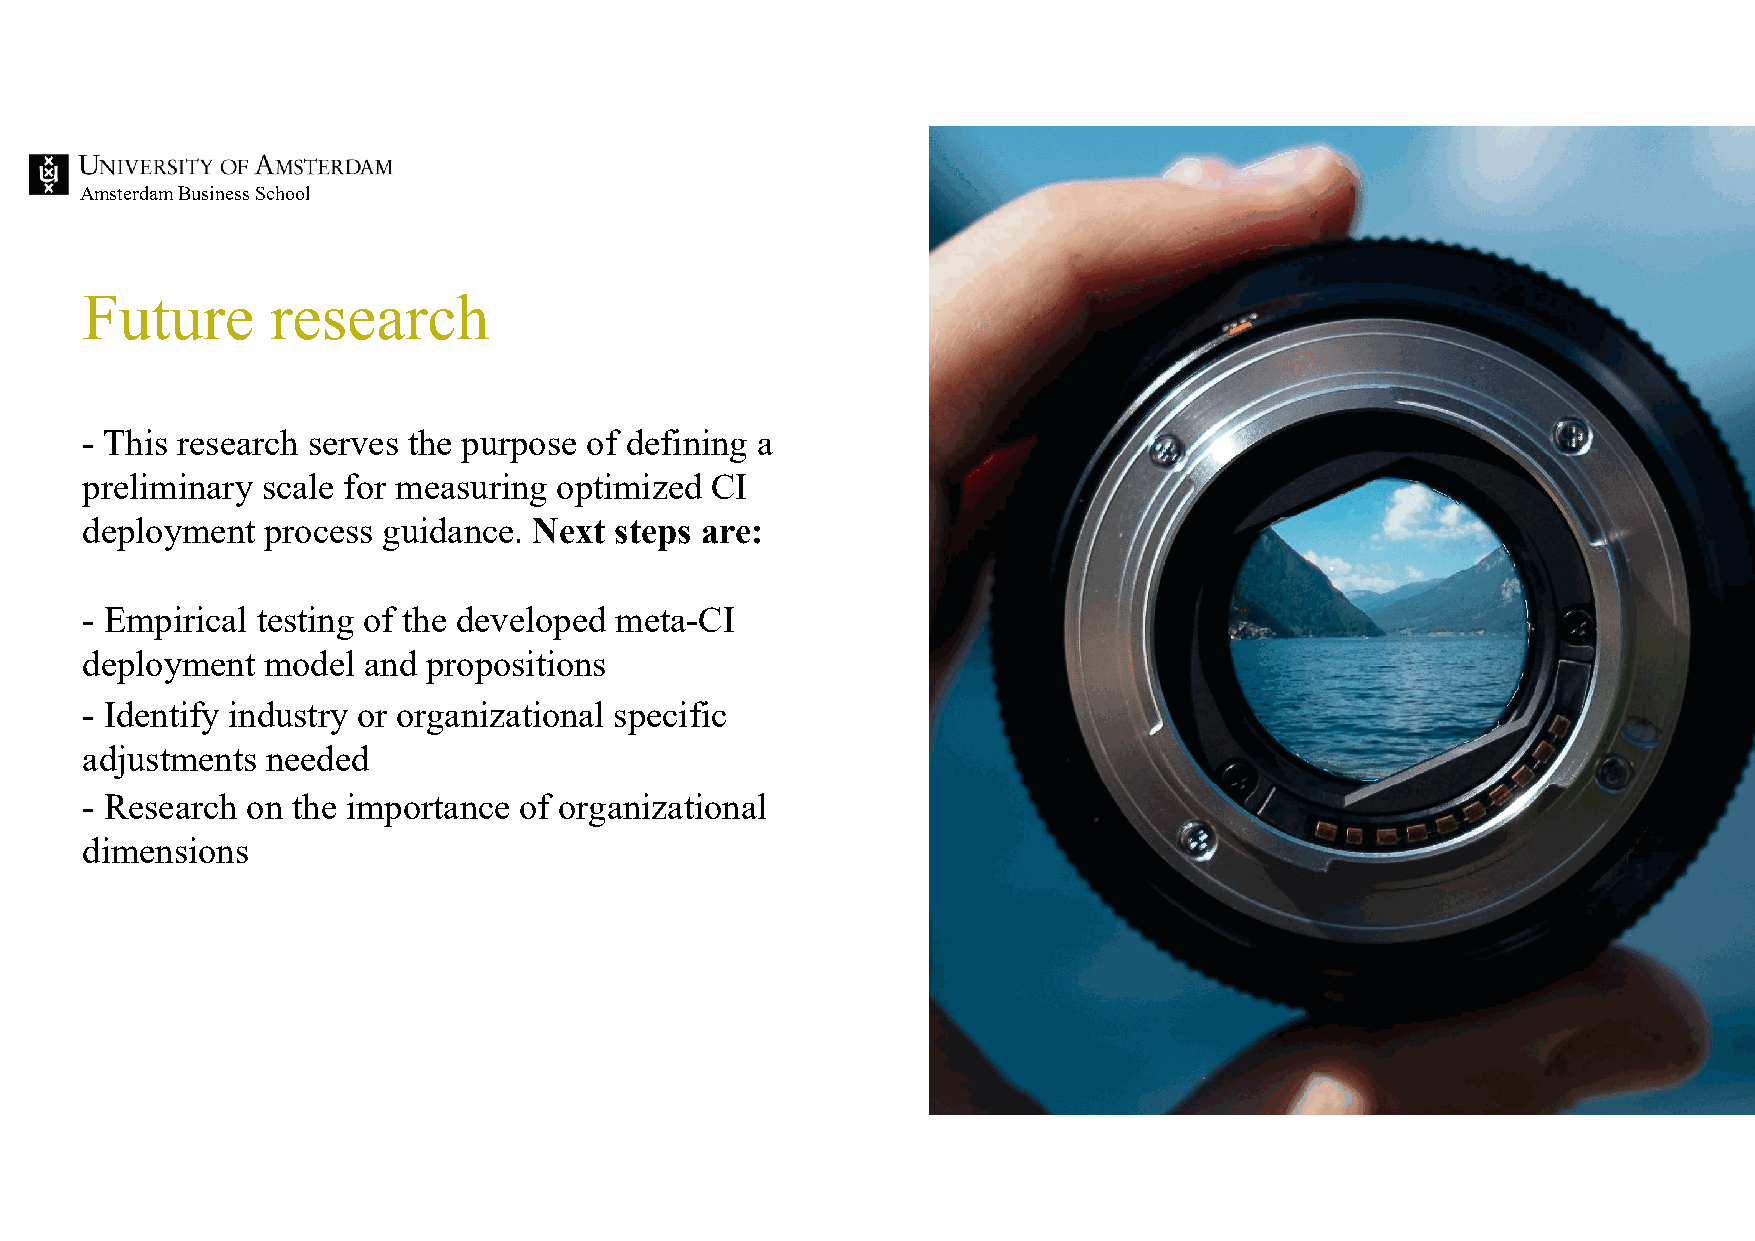
Amsterdam Business School
 Future       research
 - This research serves the purpose of defining a
 preliminary scale for measuring optimized CI
 deployment  process guidance. Next  steps are:
 - Empirical testing of the developed meta-CI
 deployment  model  and propositions
 - Identify industry or organizational specific
 adjustments  needed
 - Research on the importance of organizational
 dimensions